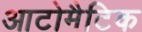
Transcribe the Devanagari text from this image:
आटोमैटिक